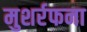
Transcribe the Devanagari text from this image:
मुशर्रफना